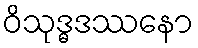
ဝိသုဒ္ဓဒဿနော